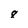
Character: 8